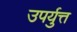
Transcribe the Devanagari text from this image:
उपर्युत्त